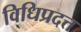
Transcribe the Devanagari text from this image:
विधिप्रदत्त